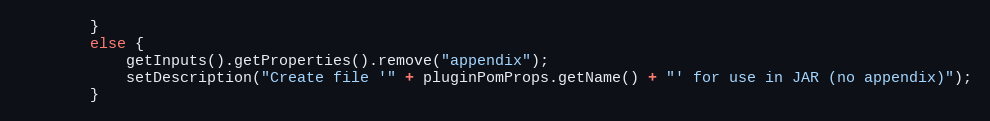
Language: Java
        }
        else {
            getInputs().getProperties().remove("appendix");
            setDescription("Create file '" + pluginPomProps.getName() + "' for use in JAR (no appendix)");
        }